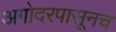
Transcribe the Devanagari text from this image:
अगोदरपासूनच